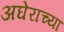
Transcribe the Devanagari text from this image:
अघेराच्या